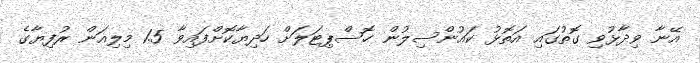
އޭނާ ވިދާޅުވި ގޮތުގައި އަތޮޅު ކައުންސިލުން ހޮސްޕިޓަލަށް ހަދިޔާކޮށްފައިވާ 1.5 މިލިއަން ރުފިޔާގެ